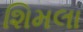
શિમલા